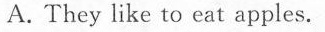
A. They like to eat apples.